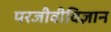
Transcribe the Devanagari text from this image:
परजीवीविज्ञान